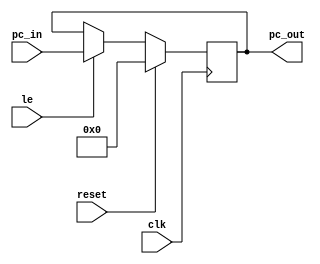
module PC_Register (
    input clk,
    input reset,
    input [31:0] pc_in,
    input le,
    output reg [31:0] pc_out
);
    // PC register logic
    always @(posedge clk) begin
        if (reset) begin
            // Reset: Set all bits to 0
            pc_out <= 32'b0;
        end else if (le) begin
            pc_out <= pc_in;
        end
    end

endmodule

module NPC_PC_Handler(
    input branch_signal,
    input jump_signal,
    output reg [1:0] pc_source_select
);
    always @(*) begin
        // if (jump_signal == 1)                        pc_source_select = 2'b10; // Jump instruction
        if (branch_signal || jump_signal)                 pc_source_select = 2'b01; // Branch instruction
        else                             pc_source_select = 2'b00; // Normal execution
    end
endmodule